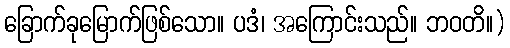
ခြောက်ခုမြောက်ဖြစ်သော။ ပဒံ၊ အကြောင်းသည်။ ဘဝတိ။)